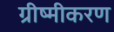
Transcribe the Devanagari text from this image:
ग्रीष्मीकरण